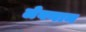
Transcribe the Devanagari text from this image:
लेवनान